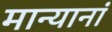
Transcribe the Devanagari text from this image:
मान्यानां